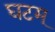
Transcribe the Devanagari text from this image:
घटम्